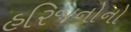
હરિજનોનો